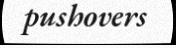
pushovers